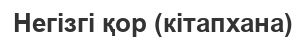
Негізгі қор (кітапхана)